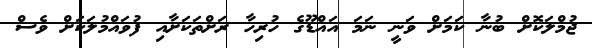
ޖުމްލަކޮށް ބުނާ ކަމަށް ވަނީ ނަމަ އައްޑޫގެ ހުރިހާ ރަށްތަކަށާއި ފުވައްމުލަކަށް ވެސް